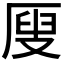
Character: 𠪇